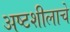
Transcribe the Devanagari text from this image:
अष्टशीलाचे